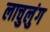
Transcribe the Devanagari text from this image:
लाचुलुंग